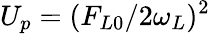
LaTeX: U_{p}=(F_{L0}/2\omega_{L})^{2}